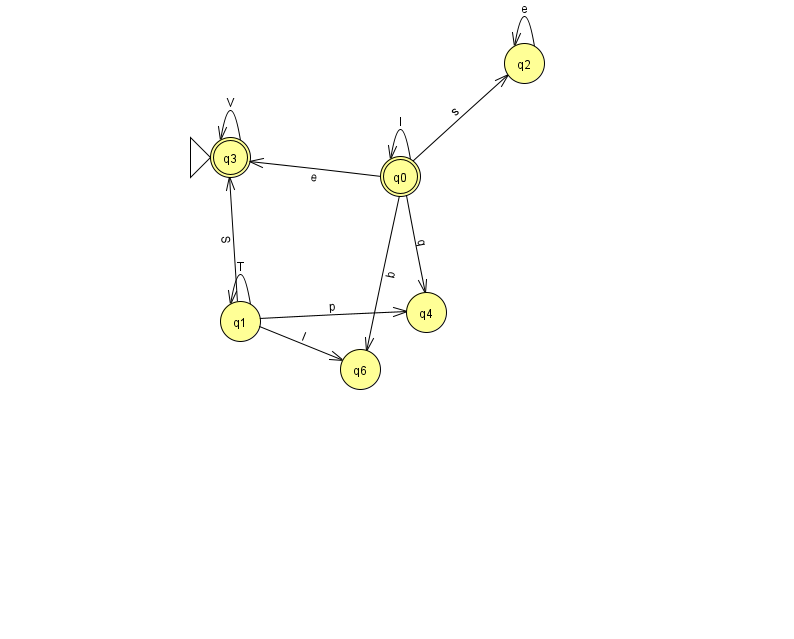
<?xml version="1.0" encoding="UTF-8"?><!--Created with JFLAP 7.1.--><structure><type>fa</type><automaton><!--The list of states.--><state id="0" name="q0"><x>400.0</x><y>163.0</y><final/></state><state id="1" name="q1"><x>240.0</x><y>308.0</y></state><state id="2" name="q2"><x>524.0</x><y>50.0</y></state><state id="3" name="q3"><x>230.0</x><y>144.0</y><initial/><final/></state><state id="4" name="q4"><x>426.0</x><y>299.0</y></state><state id="6" name="q6"><x>360.0</x><y>356.0</y></state><!--The list of transitions.--><transition><from>0</from><to>3</to><read>e</read></transition><transition><from>1</from><to>1</to><read>T</read></transition><transition><from>1</from><to>4</to><read>p</read></transition><transition><from>0</from><to>4</to><read>q</read></transition><transition><from>1</from><to>3</to><read>S</read></transition><transition><from>2</from><to>2</to><read>e</read></transition><transition><from>3</from><to>3</to><read>V</read></transition><transition><from>1</from><to>6</to><read>I</read></transition><transition><from>0</from><to>0</to><read>l</read></transition><transition><from>0</from><to>2</to><read>s</read></transition><transition><from>0</from><to>6</to><read>b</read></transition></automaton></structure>